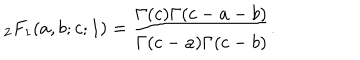
{ } _ { 2 } F _ { 1 } ( a , b ; c ; 1 ) = \frac { \Gamma ( c ) \Gamma ( c - a - b ) } { \Gamma ( c - a ) \Gamma ( c - b ) } .